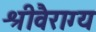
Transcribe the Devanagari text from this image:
श्रीवैराग्य